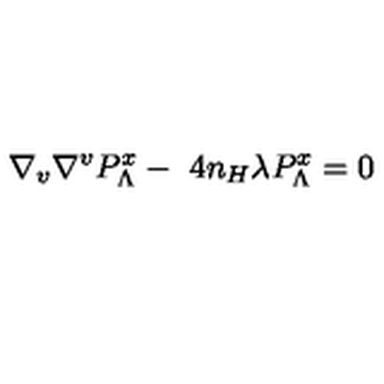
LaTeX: \nabla _ { v } \nabla ^ { v } P _ { \Lambda } ^ { x } - \ 4 n _ { H } \lambda P _ { \Lambda } ^ { x } = 0